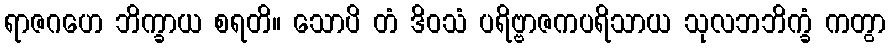
ရာဇဂဟေ ဘိက္ခာယ စရတိ။ သောပိ တံ ဒိဝသံ ပရိဗ္ဗာဇကပရိသာယ သုလဘဘိက္ခံ ကတွာ